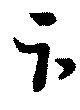
卞